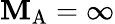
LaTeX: {\mathbf{M}_{\mathrm{{A}}}}=\infty